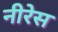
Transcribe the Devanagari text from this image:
नीरेस